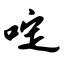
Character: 啶